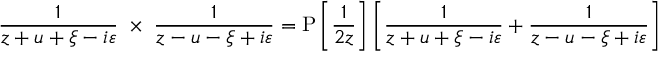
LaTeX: { \frac { 1 } { z + u + \xi - i \varepsilon } } \; \times \; { \frac { 1 } { z - u - \xi + i \varepsilon } } = \mathrm { P } \left\lbrack \vphantom { { \frac { 1 } { z + u + \xi - i \varepsilon } } } { \frac { 1 } { 2 z } } \right\rbrack \left\lbrack { \frac { 1 } { z + u + \xi - i \varepsilon } } + { \frac { 1 } { z - u - \xi + i \varepsilon } } \right\rbrack